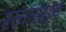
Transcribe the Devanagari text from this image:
स्त्वनंताय